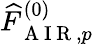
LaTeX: \widehat{F}_{\mathrm{~A~I~R~},p}^{(0)}